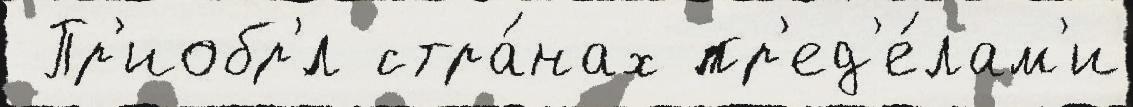
 Пр'иобр'́л стра́нах пр'ед'е́лам'и